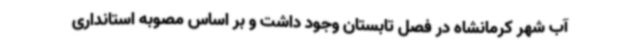
آب شهر کرمانشاه در فصل تابستان وجود داشت و بر اساس مصوبه‌ استانداری